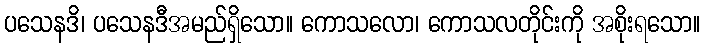
ပသေနဒိ၊ ပသေနဒီအမည်ရှိသော။ ကောသလော၊ ကောသလတိုင်းကို အစိုးရသော။